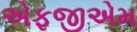
એફજીએમ